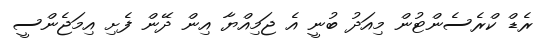
ރެޑް ކްރެސެންޓުން މިއަދު ބުނީ އެ ޖަމިއްޔާ އިން ދޭން ފެށި އިމަޖެންސީ